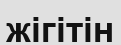
жігітін